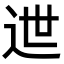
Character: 迣